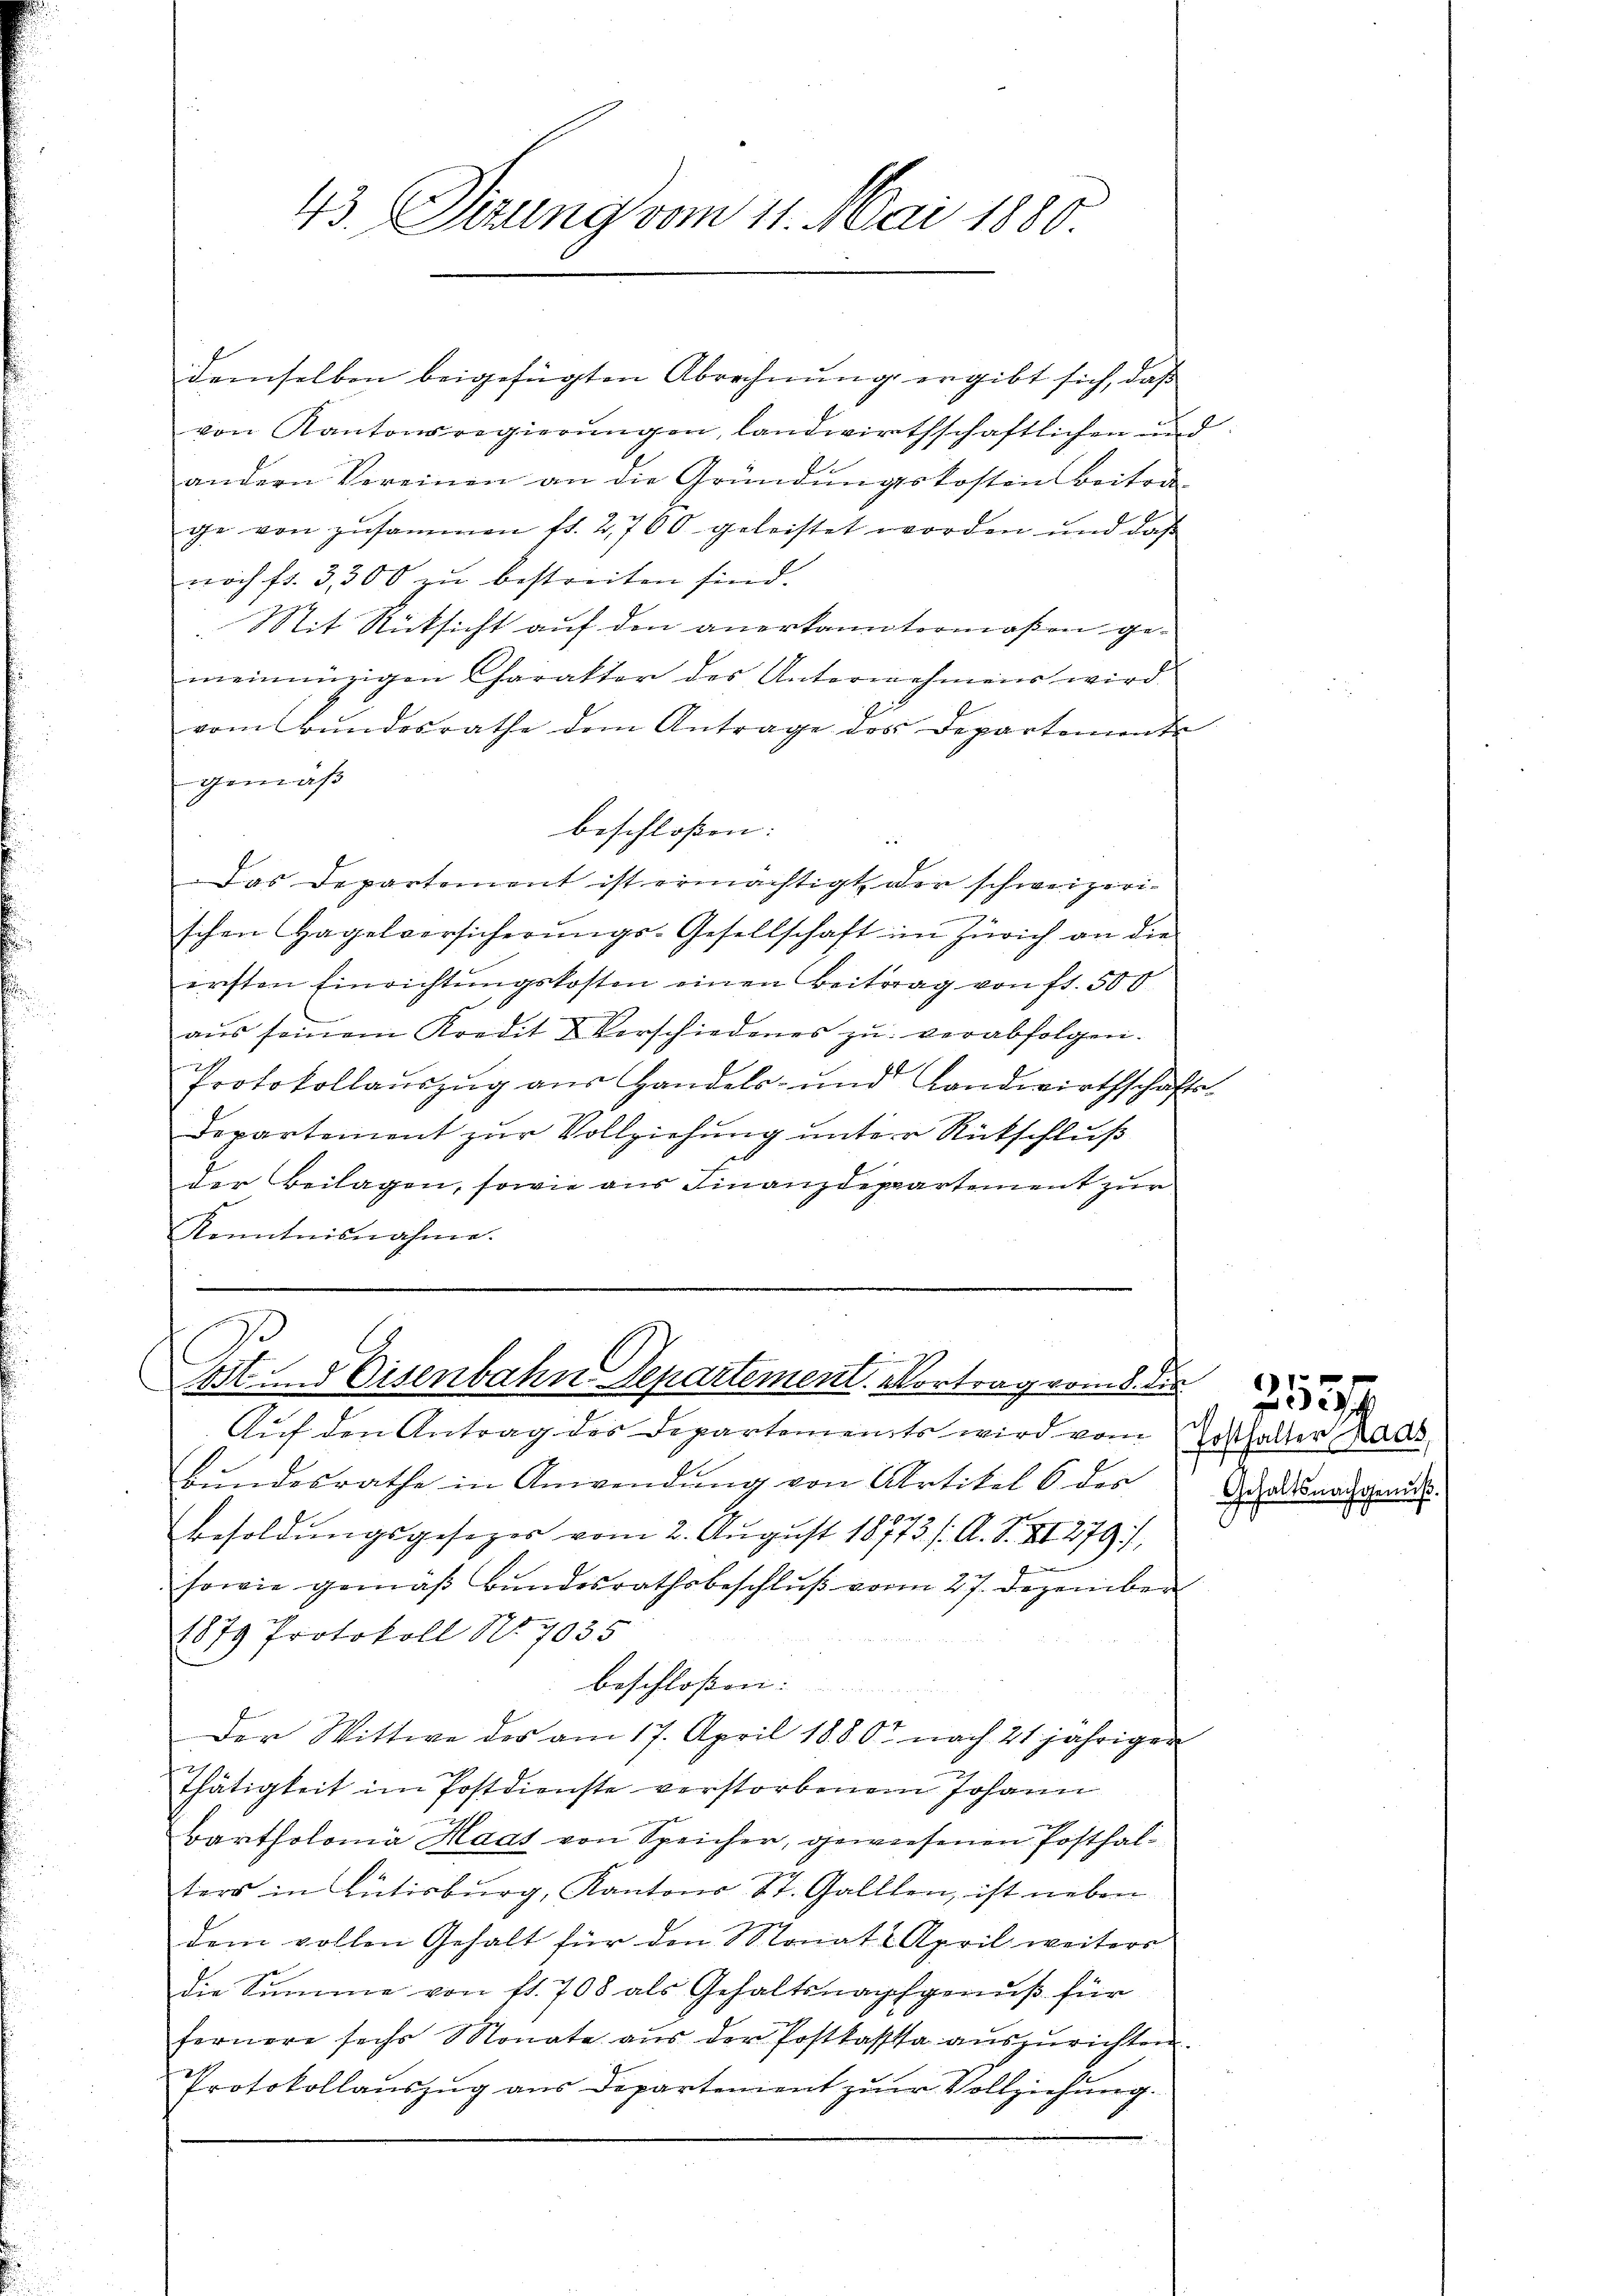
43. Dierung vom 11. Mai 1880

von Kantonsregierungen, landwirthschaftlichen und
andern Vereinen an die Gründŭngskosten Beiter
ge von zusammen fr. 2,700 geleistet worden und daß
noch fr. 3300 zŭ bestreiten sind.
it Rücksicht auf den anerkanntermaßen gemeinnüzigen Charakter des Unternehmens wird
vom Bundesrathe dem Antrage des Departemente
gemäß
beschloßen:
Das Departement ist ermächtigt der schweizerischen Hagelversicherŭngs-Gesellschaft im Zürich an die
ersten Einrichtŭngskosten einen Beitrag von fl. 500
aŭs seinem Kredit & Verschiedenes zŭ verabfolgen.
.
Protokollaŭszŭg aŭs Handels- und Landwirthschafts-
Departement zur Vollziehung unter Rückschluß
der Beilagen, sowie aus Finanzdepartement zur
Kenntnisnahme.

demselben beigefügten Abrechnung ergibt sich, daß

E
E
ist und Eisenbahn-Departement vortrag vom 8. die

Auf den Antrag des Departements wird vom
Bŭndesrathe in Anwendŭng von Artikel 6 des
d
Besoldŭngsgesezes vom 2. Aŭgust 18713. /. A. S. XI 279,

sowie gemäß Bundesrathsbeschluß vom 27. Dezember
1879 Protokoll No. 7035
beschloßen:
Der Wittwe des am 17. April 1880 nach 21 jährigen
Thätigkeit im Postdienste verstorbenem Johann
Bartholomä Haas von Speicher, gewiesenen Posthalters in Rütisburg, Kantons St. Galllen, ist neben
dem vollen Gehalt für den Monat April weiters
Die Summe von fl. 708 als Gehaltsnachgenuß für
fernere sechs Monate aŭs der Postkassa aŭszŭrichten.
Protokollauszug aus Departement zur Vollziehung.

t
Fosthalter Rads
Gehaltsnachgenuß.

253/